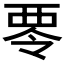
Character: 𮖿